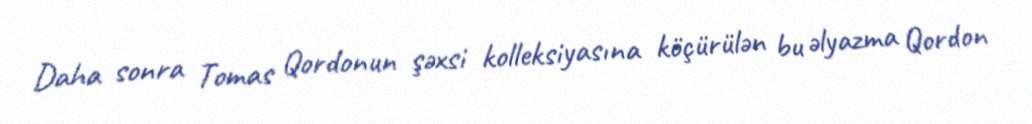
Daha sonra Tomas Qordonun şəxsi kolleksiyasına köçürülən bu əlyazma Qordon